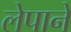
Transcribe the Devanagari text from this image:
लेपाने